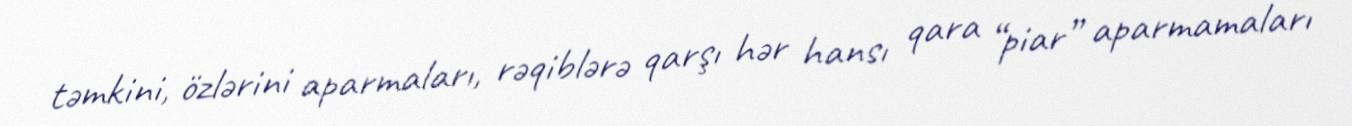
təmkini, özlərini aparmaları, rəqiblərə qarşı hər hansı qara “piar” aparmamaları